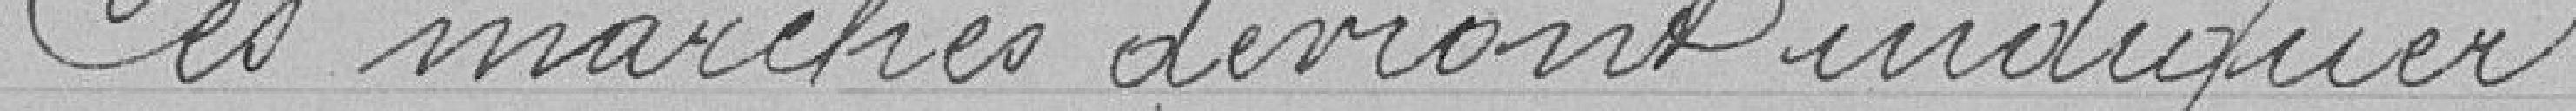
Ces marchés devront indiquer